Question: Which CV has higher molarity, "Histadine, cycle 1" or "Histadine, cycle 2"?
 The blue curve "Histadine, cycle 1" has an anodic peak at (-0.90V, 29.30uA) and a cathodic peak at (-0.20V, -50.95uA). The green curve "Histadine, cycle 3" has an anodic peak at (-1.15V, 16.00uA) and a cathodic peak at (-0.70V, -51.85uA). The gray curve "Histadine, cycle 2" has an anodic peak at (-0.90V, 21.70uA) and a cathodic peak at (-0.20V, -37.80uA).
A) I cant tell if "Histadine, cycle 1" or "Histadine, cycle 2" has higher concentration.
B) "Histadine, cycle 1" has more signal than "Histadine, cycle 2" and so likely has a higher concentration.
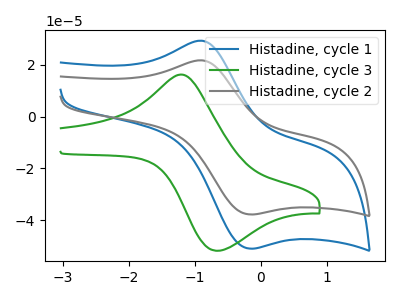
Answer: <think>All the peaks in "Histadine, cycle 1" have a peak in "Histadine, cycle 2" at the same potential. Every peak in "Histadine, cycle 1" is higher than every peak in "Histadine, cycle 2".
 </think>
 <answer>B) "Histadine, cycle 1" has more signal than "Histadine, cycle 2" and so likely has a higher concentration.</answer>
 <eval>B</eval>